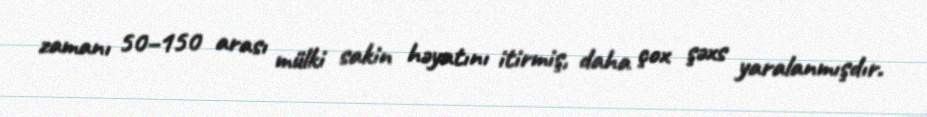
zamanı 50–150 arası mülki sakin həyatını itirmiş, daha çox şəxs yaralanmışdır.